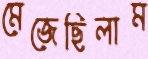
মেজেছিলাম